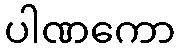
ပါဏကော